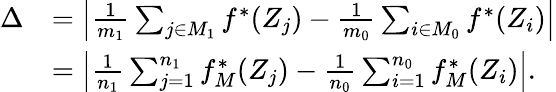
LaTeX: \begin{array}{rl}{\Delta}&{=\left|\frac{1}{m_{1}}\sum_{j\in M_{1}}f^{*}(Z_{j})-\frac{1}{m_{0}}\sum_{i\in M_{0}}f^{*}(Z_{i})\right|}\\ &{=\left|\frac{1}{n_{1}}\sum_{j=1}^{n_{1}}f_{M}^{*}(Z_{j})-\frac{1}{n_{0}}\sum_{i=1}^{n_{0}}f_{M}^{*}(Z_{i})\right|.}\end{array}